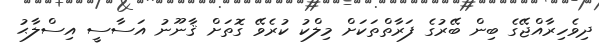
ދިވެހިރާއްޖޭގެ ބިން ބޭރުގެ ފަރާތްތަކަށް މިލްކު ކުރެވޭ ގޮތަށް ޤާނޫނު އަސާސީ އިސްލާޙު